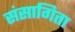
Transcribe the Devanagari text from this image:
संसागिता